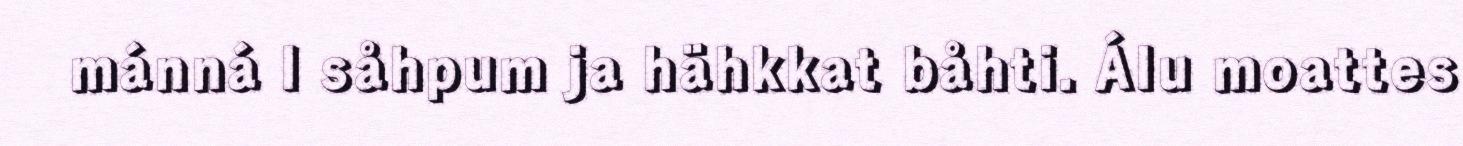
mánná l såhpum ja hähkkat båhti. Álu moattes